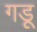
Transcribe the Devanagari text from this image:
गडू